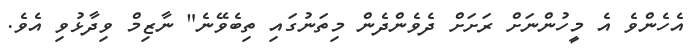
އެހެންވެ އެ މީހުންނަށް ރަށަށް ދެވެންދެން މިތަނުގައި ތިބެވޭނެ" ނާޒިމް ވިދާޅުވި އެވެ.